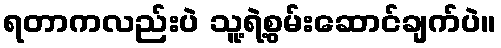
ရတာကလည်းပဲ သူ့ရဲ့စွမ်းဆောင်ချက်ပဲ။